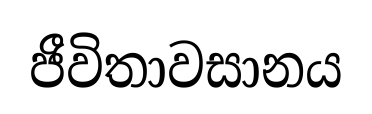
ජීවිතාවසානය